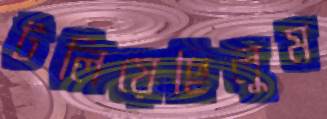
টলিয়েছিলুম